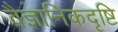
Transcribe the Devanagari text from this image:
वैज्ञानिकदृष्टि